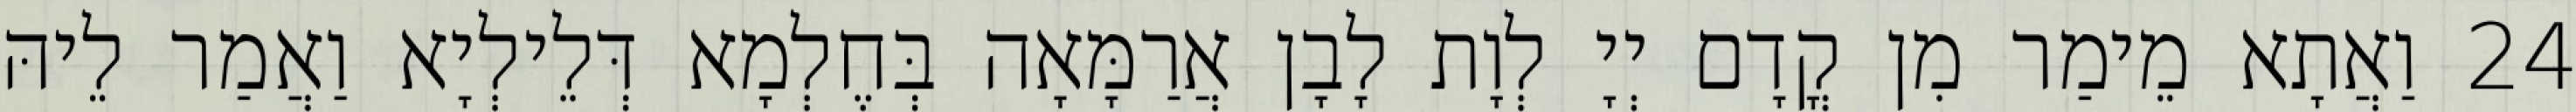
24 וַאֲתָא מֵימַר מִן קֳדָם יְיָ לְוָת לָבָן אֲרַמָּאָה בְּחֶלְמָא דְּלֵילְיָא וַאֲמַר לֵיהּ